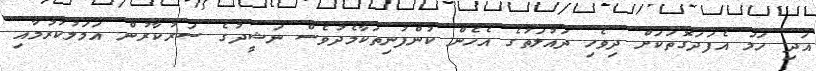
އަދި ހަމަ އެފަދަގޮތަކަށް ދިވެހި ދައުލަތުގެ އެހެން ކުންފުނިތަކާމެދުވެސް ނަޝީދުގެ ސަރުކާރުން އަމަލުކުރުމާއި